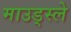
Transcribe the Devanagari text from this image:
माउड्स्ले